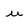
Character: u